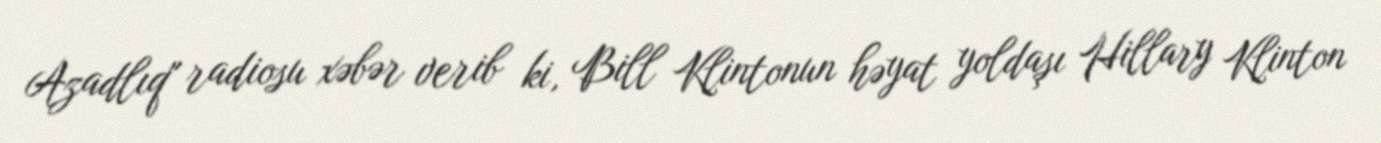
Azadlıq" radiosu xəbər verib ki, Bill Klintonun həyat yoldaşı Hillary Klinton